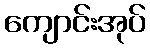
ကျောင်းအုပ်